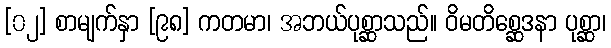
[၀၂] စာမျက်နှာ [၉၈] ကတမာ၊ အဘယ်ပုစ္ဆာသည်။ ဝိမတိစ္ဆေဒနာ ပုစ္ဆာ၊